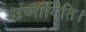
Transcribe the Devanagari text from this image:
उष्मामिति।